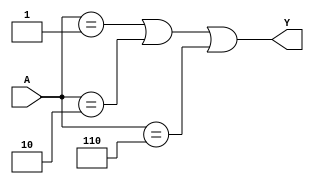
module combinational_logic (
    input wire [2:0] A,  // 3-bit input
    output wire Y        // Output
);

// Combinational logic using 'Don't Care' conditions
assign Y = (A == 3'b001) || (A == 3'b010) || (A == 3'b110);

endmodule